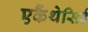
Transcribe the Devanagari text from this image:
एकैंथेसिई